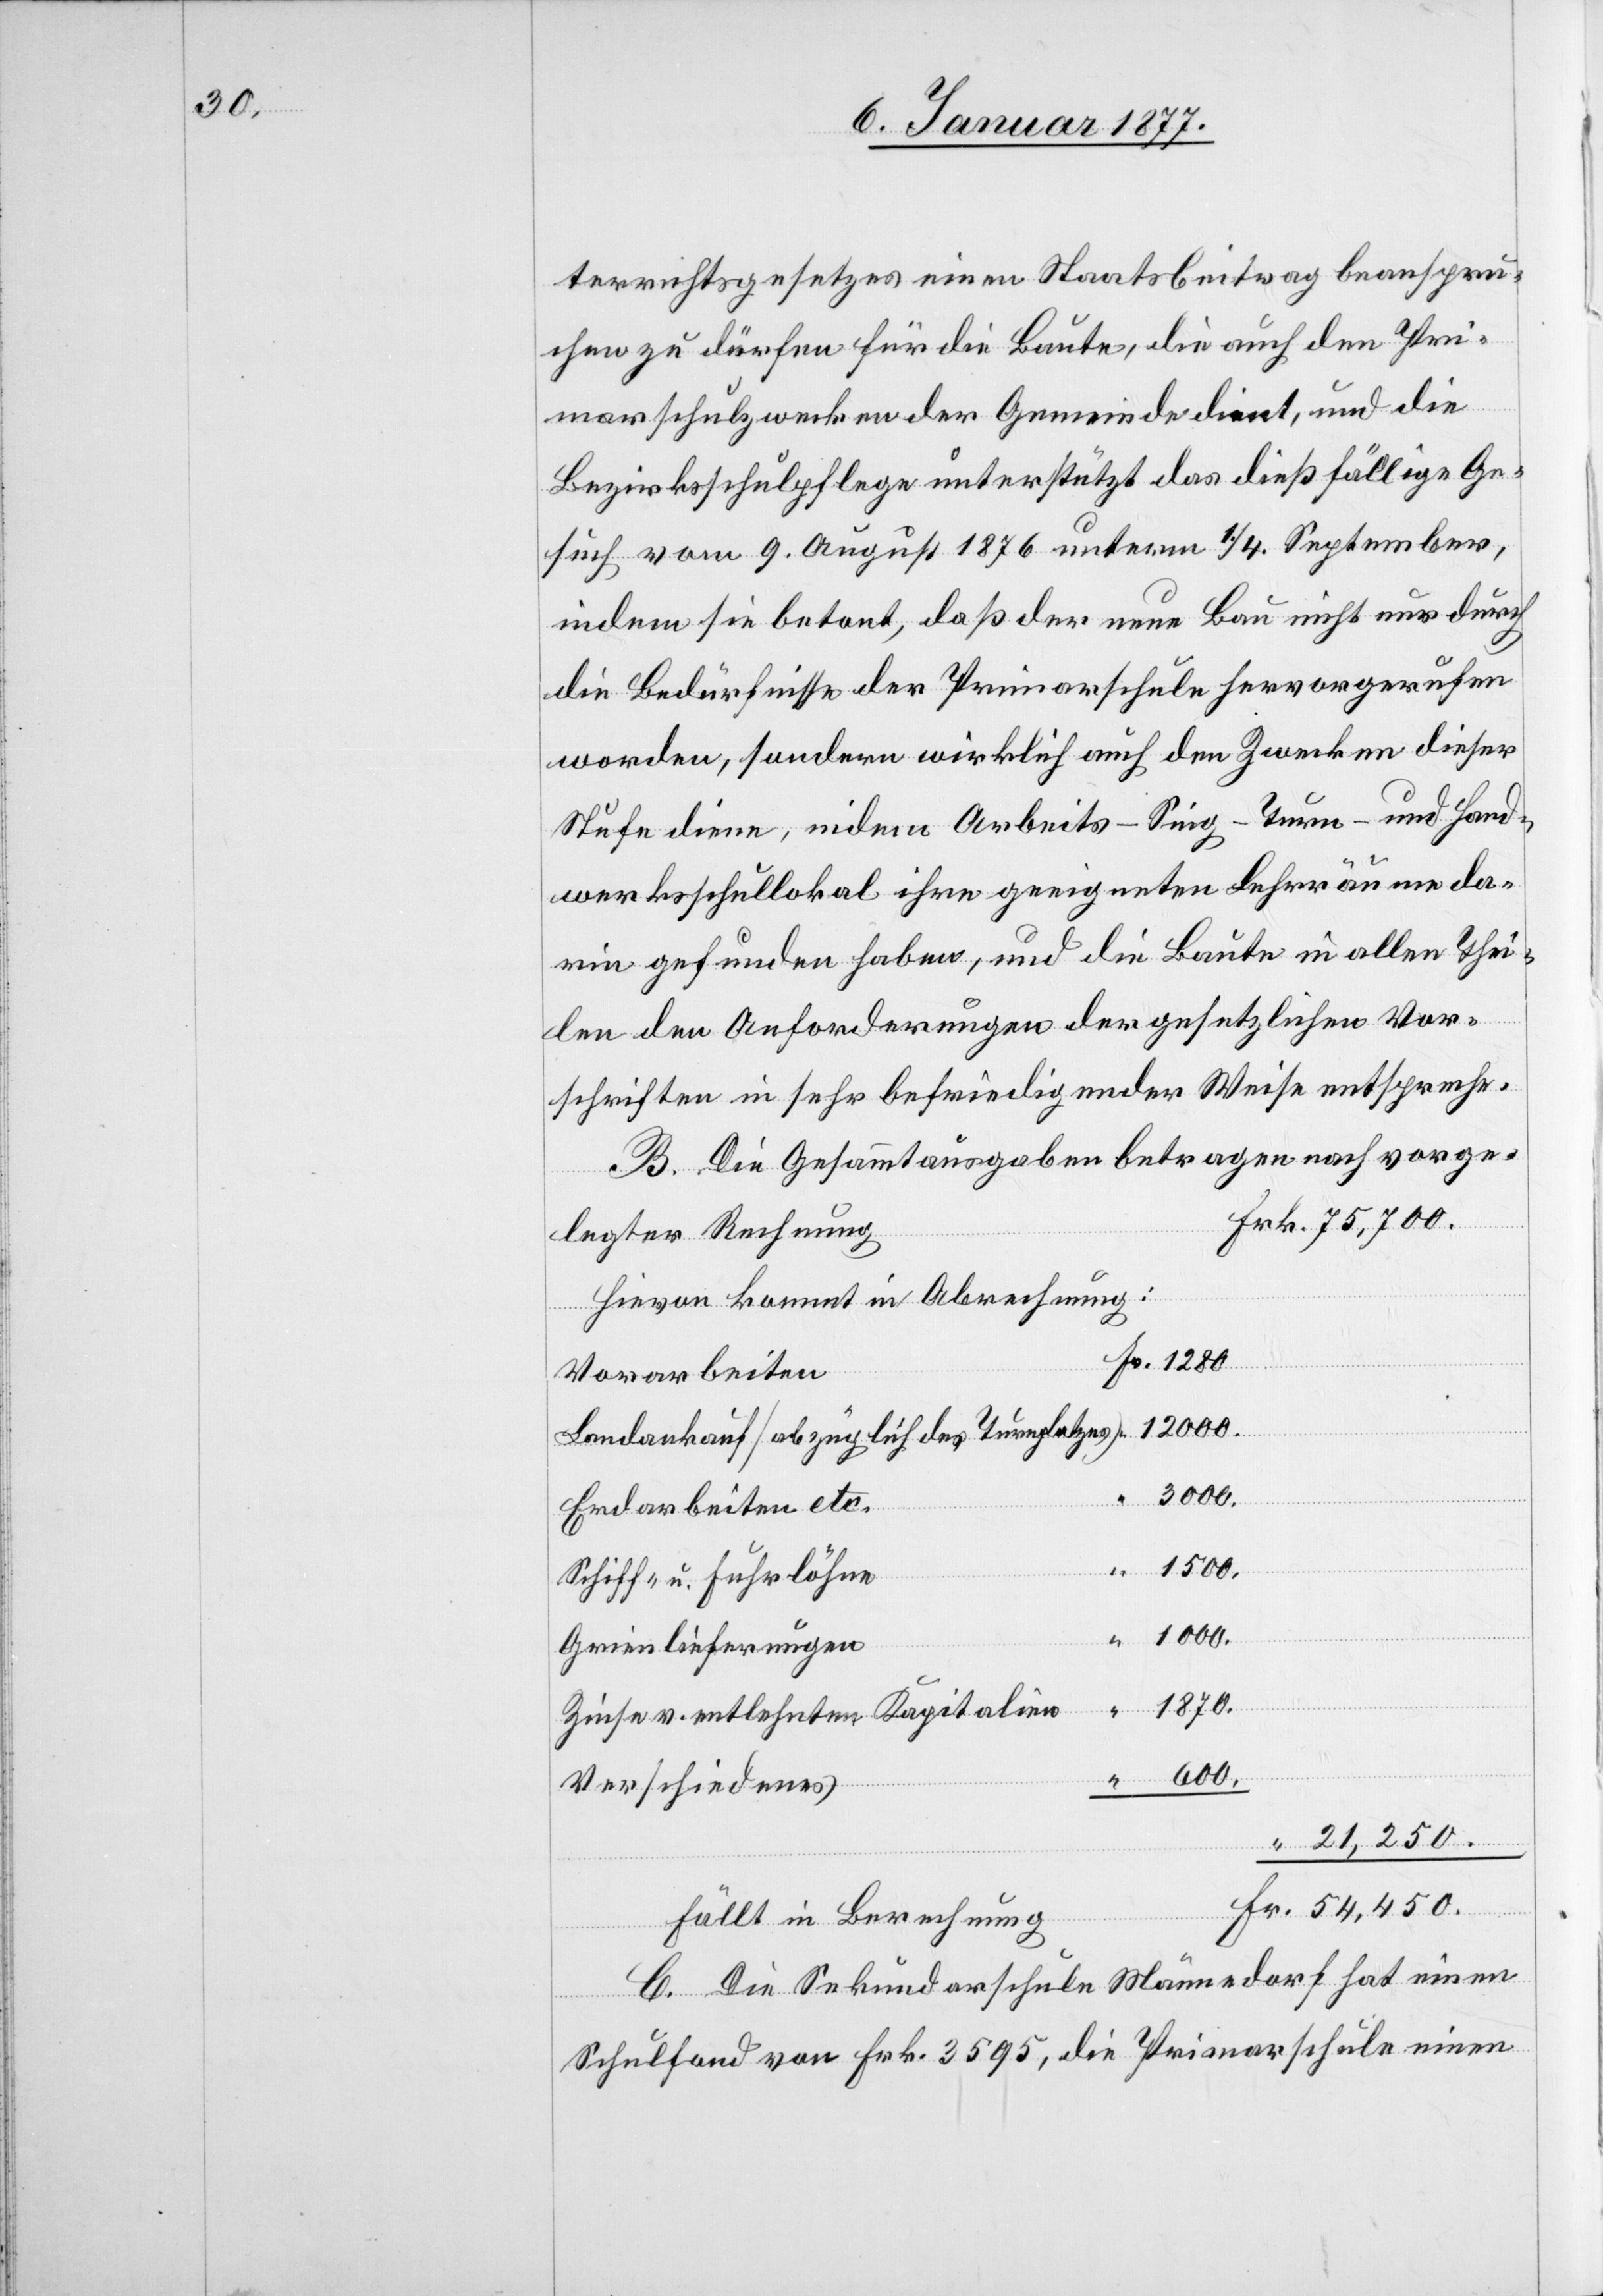
terrichtsgesetzes einen Staatsbeitrag beanspru¬
chen zu dürfen für die Baute, die auch den Pri¬
marschulzwecken der Gemeinde dient, und die
Bezirksschulpflege unterstützt das dießfällige Ge¬
such vom 9. August 1876 unter 1./4. September,
indem sie betont, daß der neue Bau nicht nur durch
die Bedürfnisse der Primarschule hervorgerufen
worden, sondern wirklich auch dem Zwecke dieser
Stufe diene, indem Arbeits- Sing- Turn- und Hand¬
werksschullokal ihre geeigneten Lehrräume da¬
rin gefunden haben, und die Baute in allen Thei¬
len den Anforderungen der gesetzlichen Vor¬
schriften in sehr befriedigender Weise entspreche.
B. Die Gesammtausgaben betragen nach vorge¬
legter Rechnung
Hievon kommt in Abrechnung:
Vorarbeiten
Fr.
Landankauf (Abzüglich des Turnplatzes)
3000.
Erdarbeiten etc.
1500.
Schiff- u. Fuhrlöhne
1000.
Grienlieferungen
1870.
Zinsen v. entlehnten Kapitalien
600.
Verschiedenes
21,250.
fällt in Berechnung
C. Die Sekundarschule Männedorf hat einen
Schulfond von Frk. 3595, die Primarschule einen